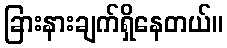
ခြားနားချက်ရှိနေတယ်။